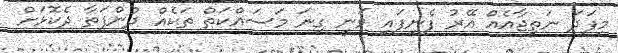
މިފަދަ ނަތީޖާއެއް އޭރު ފެނިފައި ވަނީ ގިނަ މަސައްކަތް ތަކެއް ދުންފަތާ ދެކޮޅަށް